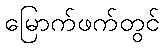
မြောက်ဖက်တွင်